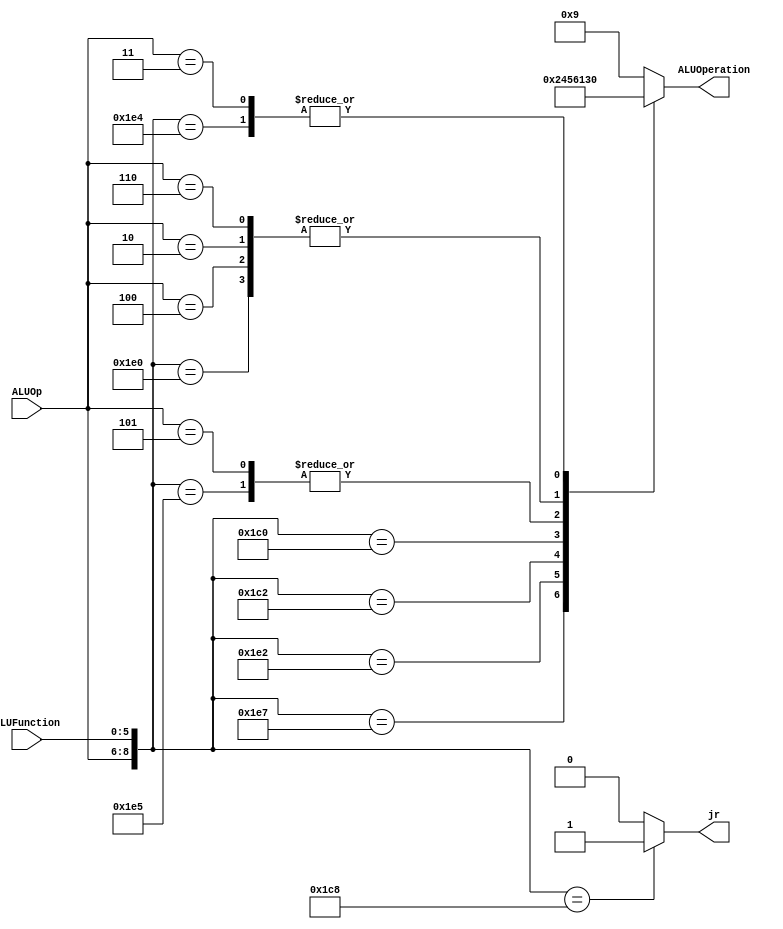
/******************************************************************
******************************************************************/
module ALUControl
(
	input [2:0] ALUOp,
	input [5:0] ALUFunction,
	output [3:0] ALUOperation,
	output reg jr
);

localparam R_Type_AND    = 9'b111_100100;
localparam R_Type_OR     = 9'b111_100101;
localparam R_Type_NOR    = 9'b111_100111;
localparam R_Type_SUB    = 9'b111_100010;
localparam R_Type_ADD    = 9'b111_100000;

localparam R_Type_RSHIFT = 9'b111_000010;
localparam R_Type_LSHIFT = 9'b111_000000;

localparam R_Type_JR     = 9'b111_001000;

localparam I_Type_ADDI   = 9'b100_xxxxxx;
localparam I_Type_ORI    = 9'b101_xxxxxx;
//localparam I_Type_BEQ    = 9'b010_xxxxxx;
//localparam I_Type_BNE    = 9'b110_xxxxxx;
localparam I_Type_ANDI   = 9'b011_xxxxxx;

localparam I_Type_LW     = 9'b010_xxxxxx;
localparam I_Type_SW     = 9'b110_xxxxxx;

reg [3:0] ALUControlValues;
wire [8:0] Selector;

assign Selector = {ALUOp, ALUFunction};

always@(Selector)begin
	casex(Selector)
		R_Type_AND:    ALUControlValues = 4'b0000;
		R_Type_OR: 		ALUControlValues = 4'b0001;
		R_Type_NOR:    ALUControlValues = 4'b0010;
		R_Type_ADD: 	ALUControlValues = 4'b0011;
		R_Type_SUB: 	ALUControlValues = 4'b0100;
		R_Type_RSHIFT: ALUControlValues = 4'b0101;
		R_Type_LSHIFT: ALUControlValues = 4'b0110;
		
		I_Type_ADDI:   ALUControlValues = 4'b0011;
		I_Type_ORI: 	ALUControlValues = 4'b0001;
		
		I_Type_LW:     ALUControlValues = 4'b0011;
		I_Type_SW:     ALUControlValues = 4'b0011;
		
		//I_Type_BEQ:		ALUControlValues = 4'b1000;
		//I_Type_BNE:		ALUControlValues = 4'b1100;
		
		I_Type_ANDI:	ALUControlValues = 4'b0000;
		default: ALUControlValues = 4'b1001;
	endcase
	
	if(Selector==R_Type_JR)
	 	jr = 1'b1;
	else
		jr = 1'b0;
	
end


assign ALUOperation = ALUControlValues;

endmodule